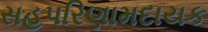
સહપરિણામદાયક